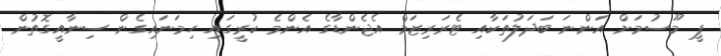
ޕީ މޫސުމަށް އަންނަ ބަދަލުތަކާއި ޓެރަރިޒަމް އެޖެންޑާގެ އެންމެ ކުރީގައި ހިމަނައިގެން ސިނާއީގޮތުން